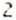
2